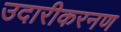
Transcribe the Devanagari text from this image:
उदारीकरनण